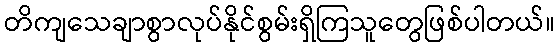
တိကျသေချာစွာလုပ်နိုင်စွမ်းရှိကြသူတွေဖြစ်ပါတယ်။